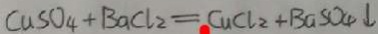
C u S O _ { 4 } + B a C l _ { 2 } = C u C l _ { 2 } + B a S O _ { 4 } \downarrow